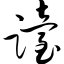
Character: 跆